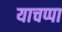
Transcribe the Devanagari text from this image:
याचप्पा